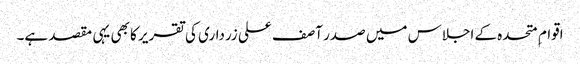
اقوام ِ متحدہ کے اجلاس میں صدر آصف علی زرداری کی تقریر کا بھی یہی مقصد ہے۔